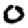
Digit: 0